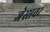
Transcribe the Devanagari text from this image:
जेस्सवर